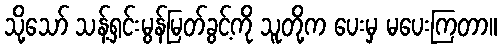
သို့သော် သန့်ရှင်းမွန်မြတ်ခွင့်ကို သူတို့က ပေးမှ မပေးကြတာ။